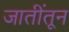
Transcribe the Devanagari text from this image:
जातींतून